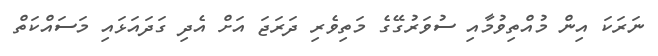
ނަރަކަ އިން މުއްތިވުމާއި ސުވަރުގޭގެ މަތިވެރި ދަރަޖަ އަށް އެދި ގަދައަޅައި މަސައްކަތް